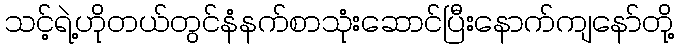
သင့်ရဲ့ဟိုတယ်တွင်နံနက်စာသုံးဆောင်ပြီးနောက်ကျနော်တို့